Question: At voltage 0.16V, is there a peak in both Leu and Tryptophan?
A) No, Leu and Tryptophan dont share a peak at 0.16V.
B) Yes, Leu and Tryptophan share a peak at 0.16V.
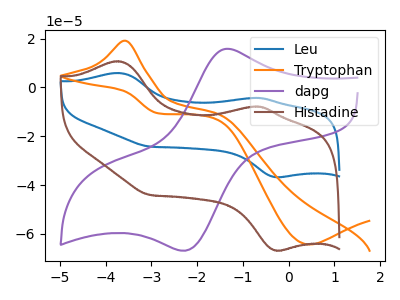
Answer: <think>The blue curve "Leu" has anodic peaks at (-3.70V, 5.90uA) (-0.65V, -4.30uA) and cathodic peaks at (-0.25V, -36.75uA) (-3.05V, -24.25uA). The orange curve "Tryptophan" has an anodic peak at (-3.55V, 19.10uA) and a cathodic peak at (0.45V, -64.35uA). The purple curve "dapg" has an anodic peak at (-1.35V, 15.80uA) and a cathodic peak at (-2.30V, -66.90uA). The brown curve "Histadine" has anodic peaks at (-3.70V, 10.70uA) (-0.65V, -7.85uA) and cathodic peaks at (-0.25V, -66.80uA) (-3.05V, -44.00uA).</think>
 <answer>A) No, "Leu" and "Tryptophan" dont share a peak at 0.16V.</answer>
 <eval>A</eval>